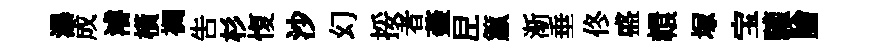
瀑成濬橫裯吿杉愎沙幻挼者蓋𡰱籯渐垂佟盛轘塚宝驩膾